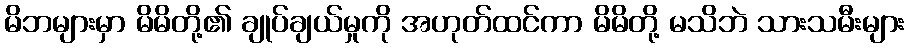
မိဘများမှာ မိမိတို့၏ ချုပ်ချယ်မှုကို အဟုတ်ထင်ကာ မိမိတို့ မသိဘဲ သားသမီးများ